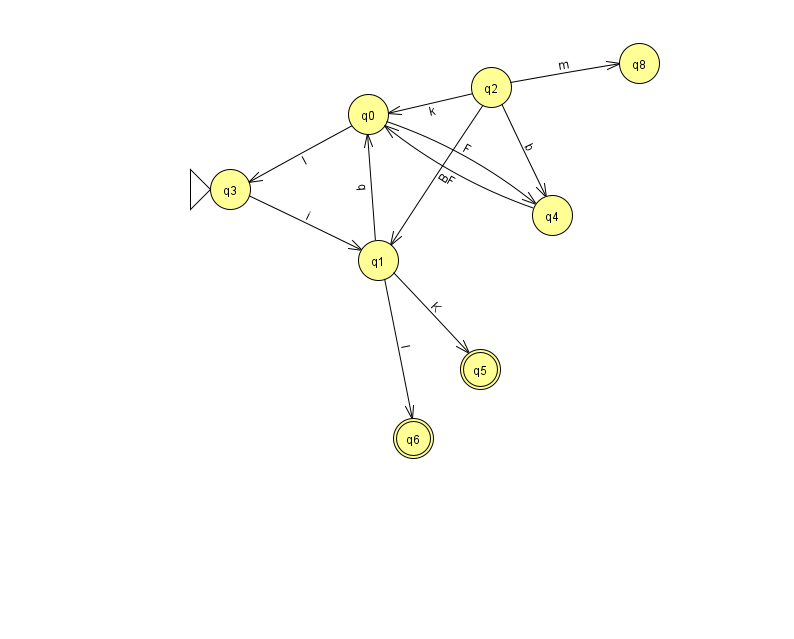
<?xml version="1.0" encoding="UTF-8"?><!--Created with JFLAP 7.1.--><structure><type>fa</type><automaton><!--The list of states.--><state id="0" name="q0"><x>368.0</x><y>101.0</y></state><state id="1" name="q1"><x>378.0</x><y>247.0</y></state><state id="2" name="q2"><x>491.0</x><y>74.0</y></state><state id="3" name="q3"><x>230.0</x><y>176.0</y><initial/></state><state id="4" name="q4"><x>552.0</x><y>202.0</y></state><state id="5" name="q5"><x>480.0</x><y>356.0</y><final/></state><state id="6" name="q6"><x>413.0</x><y>425.0</y><final/></state><state id="8" name="q8"><x>639.0</x><y>50.0</y></state><!--The list of transitions.--><transition><from>0</from><to>3</to><read>I</read></transition><transition><from>1</from><to>0</to><read>q</read></transition><transition><from>1</from><to>5</to><read>K</read></transition><transition><from>1</from><to>6</to><read>l</read></transition><transition><from>3</from><to>1</to><read>i</read></transition><transition><from>2</from><to>0</to><read>k</read></transition><transition><from>2</from><to>4</to><read>b</read></transition><transition><from>2</from><to>8</to><read>m</read></transition><transition><from>2</from><to>1</to><read>B</read></transition><transition><from>0</from><to>4</to><read>F</read></transition><transition><from>4</from><to>0</to><read>F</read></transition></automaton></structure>